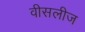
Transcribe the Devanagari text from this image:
वीसलीज